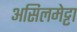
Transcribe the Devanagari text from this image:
असिलमेट्टा